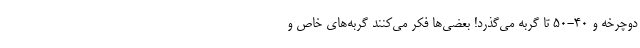
دوچرخه و ۴۰-۵۰ تا گربه می‌گذرد! بعضی‌ها فکر می‌کنند گربه‌های خاص و